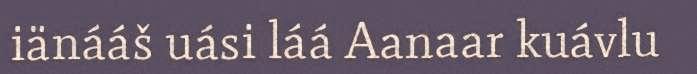
iänááš uási láá Aanaar kuávlu